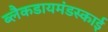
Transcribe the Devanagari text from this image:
ब्लैकडायमंडस्काई